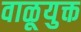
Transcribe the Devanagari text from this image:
वाळूयुक्त